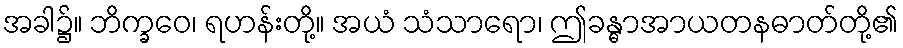
အခါ၌။ ဘိက္ခဝေ၊ ရဟန်းတို့။ အယံ သံသာရော၊ ဤခန္ဓာအာယတနဓာတ်တို့၏